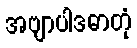
အဗျာပါဒဓာတုံ